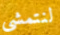
لنتمشى